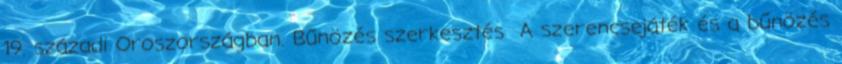
19. századi Oroszországban. Bűnözés szerkesztés A szerencsejáték és a bűnözés